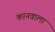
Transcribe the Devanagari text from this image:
कानवाला